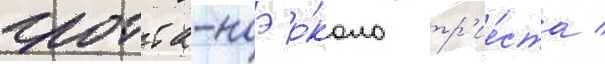
гротта-ноэ о́коло тр'ие́ста /